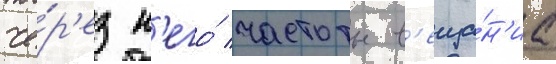
че́р'ез н'его́ частоты в'еща́н'иа